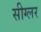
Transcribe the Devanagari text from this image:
सीग्लर